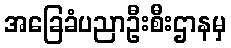
အခြေခံပညာဦးစီးဌာနမှ